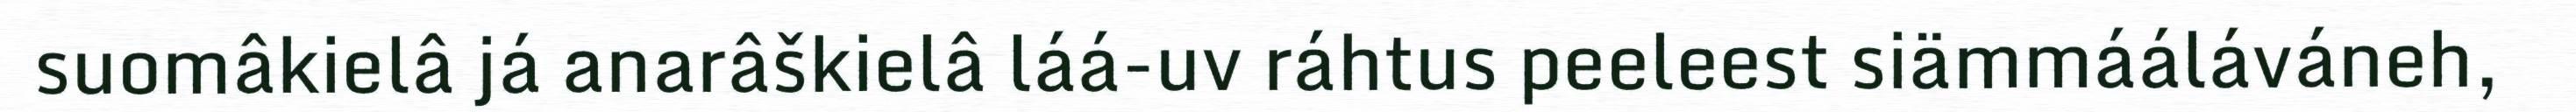
suomâkielâ já anarâškielâ láá-uv ráhtus peeleest siämmááláváneh,